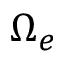
\Omega _ { e }